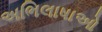
અભિલાષાઓ